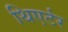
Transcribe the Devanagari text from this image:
थिएर्टर